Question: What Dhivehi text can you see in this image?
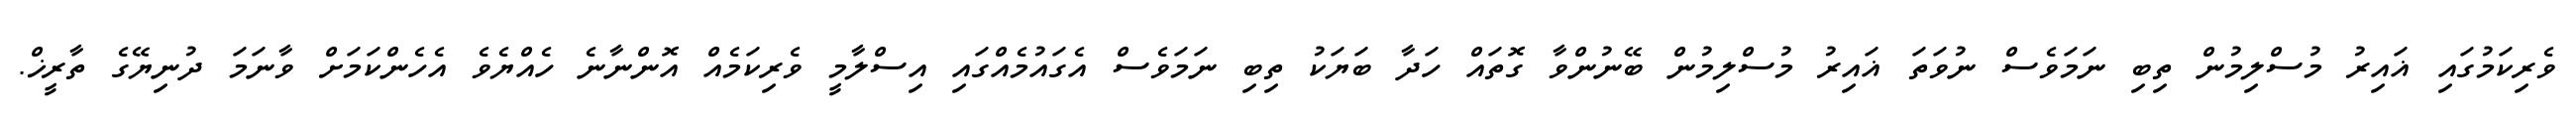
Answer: ވެރިކަމުގައި ޣައިރު މުސްލިމުން ތިބި ނަމަވެސް ނުވަތަ ޣައިރު މުސްލިމުން ބޭނުންވާ ގޮތައް ހަދާ ބަޔަކު ތިބި ނަމަވެސް އެގައުމެއްގައި އިސްލާމީ ވެރިކަމެއް އޮންނާނެ ހެއްޔެވެ އެހެންކަމަށް ވާނަމަ ދުނިޔޭގެ ތާރީޚް.